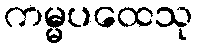
ကမ္မပထေသု